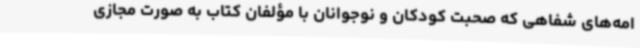
امه‌های شفاهی که صحبت کودکان و نوجوانان با مؤلفان کتاب به صورت مجازی